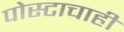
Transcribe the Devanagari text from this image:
पोस्टाचाही